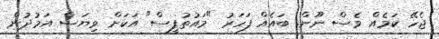
ޖެހޭ ކަމެއް ވެސް ނޫން. ބައެއް ފަހަރު "މައުތުފީސް" އަކަށް ވިޔަސް އަމުދުން